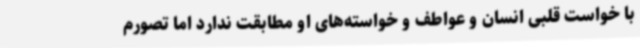
با خواست قلبی انسان و عواطف و خواسته‌های او مطابقت ندارد اما تصورم